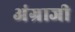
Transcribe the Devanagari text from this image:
अंग्राजी